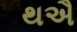
થઐ